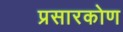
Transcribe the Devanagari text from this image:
प्रसारकोण